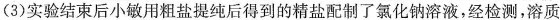
(3)实验结束后小敏用粗盐提纯后得到的精盐配制了氯化钠溶液，经检测，溶质